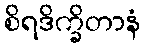
စိရဒိက္ခိတာနံ